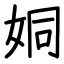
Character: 姛